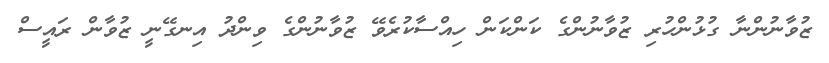
ޒުވާނުންނާ ގުޅުންހުރި ޒުވާނުންގެ ކަންކަން ހިއްސާކުރެވޭ ޒުވާނުންގެ ވިންދު އިނގޭނީ ޒުވާން ރައީސް